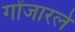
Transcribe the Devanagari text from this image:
गोंजारले